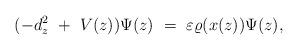
LaTeX: \begin{align*}(- d_z ^2 \ + \ V(z) ) \Psi (z) \ = \ \varepsilon \varrho (x(z)) \Psi (z),\end{align*}